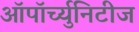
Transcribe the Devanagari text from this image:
ऑपॉर्च्युनिटीज